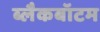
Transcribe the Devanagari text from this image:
ब्लैकबॉटम